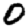
Digit: 0